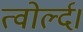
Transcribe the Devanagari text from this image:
त्वोर्ल्द।